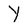
Character: Y